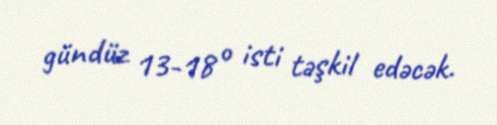
gündüz 13-18° isti təşkil edəcək.